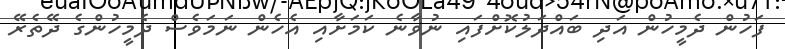
ފަހުން ދެމީހުން އަދި ބައްދަލުކޮށްފައި ނުވާނެ ކަމަށާއި އެހެން ނަމަވެސް ދެމީހުންގެ ދޭތެރޭ